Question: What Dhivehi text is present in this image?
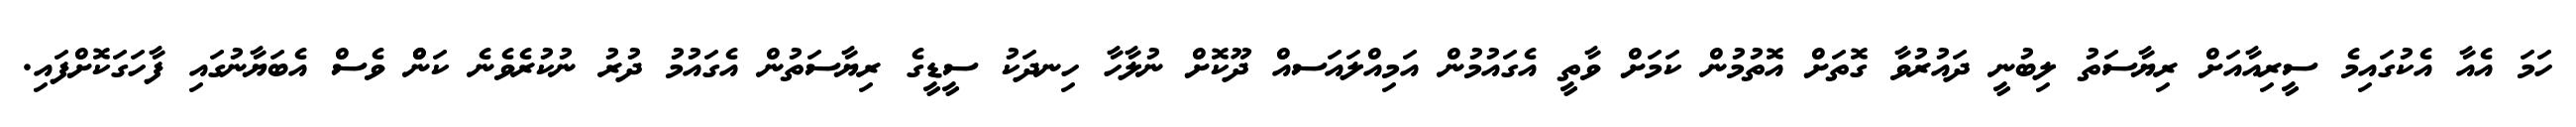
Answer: ހަމަ އެއާ އެކުގައިމެ ސީރިއާއަށް ރިޔާސަތު ލިބުނީ ދައުރުވާ ގޮތަށް އޮތުމުން ކަމަށް ވާތީ އެގައުމުން އަމިއްލައަސއް ދޫކޮށް ނުލާހާ ހިނދަކު ސީޑީގެ ރިޔާސަތުން އެގައުމު ދުރު ނުކުރެވެނެ ކަންް ވެސް އެބަޔާނުގައި ފާހަގަކޮށްފައި.